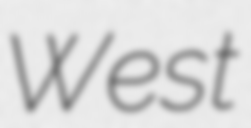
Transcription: West